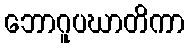
ဘောဂူပဃာတိကာ